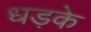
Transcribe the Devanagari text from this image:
धड़के